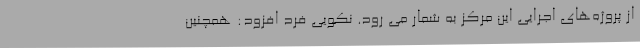
از پروژه‌های اجرایی این مرکز به شمار می رود. نکویی فرد افزود: همچنین